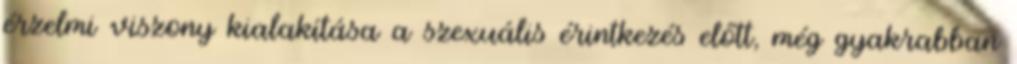
érzelmi viszony kialakítása a szexuális érintkezés előtt, még gyakrabban